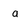
Character: a